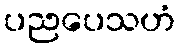
ပညပေသဟံ